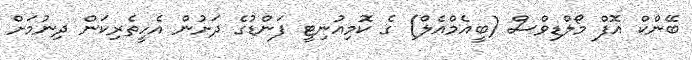
ބޭންކް އޮފް މޯލްޑިވްސް (ބީއެމްއެލް) ގެ ކޮމިއުނިޓީ ފަންޑުގެ ދަށުން އެހީތެރިކަން ދިނުމަށް